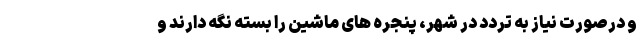
و درصورت نیاز به تردد در شهر، پنجره های ماشین را بسته نگه دارند و